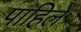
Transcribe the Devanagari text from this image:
पाहिलें